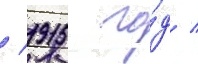
/ 1915 го́д /